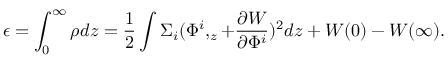
\epsilon = \int _ { 0 } ^ { \infty } \rho d z = \frac 1 2 \int \Sigma _ { i } ( \Phi ^ { i } , _ { z } + \frac { \partial W } { \partial \Phi ^ { i } } ) ^ { 2 } d z + W ( 0 ) - W ( \infty ) .